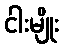
ငါးမျိုး